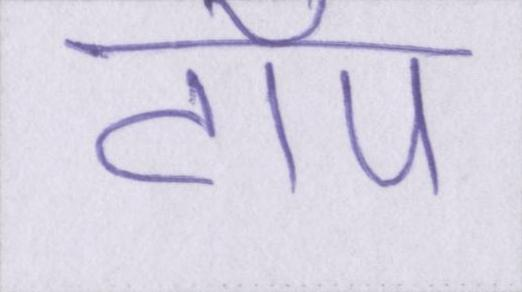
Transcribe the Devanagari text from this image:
टॉप